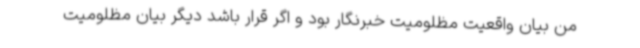
من بیان واقعیت مظلومیت خبرنگار بود و اگر قرار باشد دیگر بیان مظلومیت